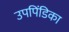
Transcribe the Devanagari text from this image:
उपपिंडिका